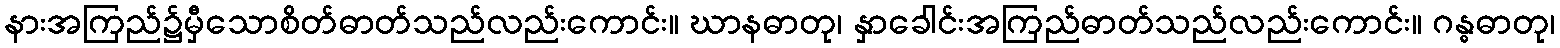
နားအကြည်၌မှီသောစိတ်ဓာတ်သည်လည်းကောင်း။ ဃာနဓာတု၊ နှာခေါင်းအကြည်ဓာတ်သည်လည်းကောင်း။ ဂန္ဓဓာတု၊